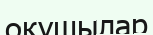
оқушылар